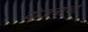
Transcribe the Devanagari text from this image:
योजनाचा